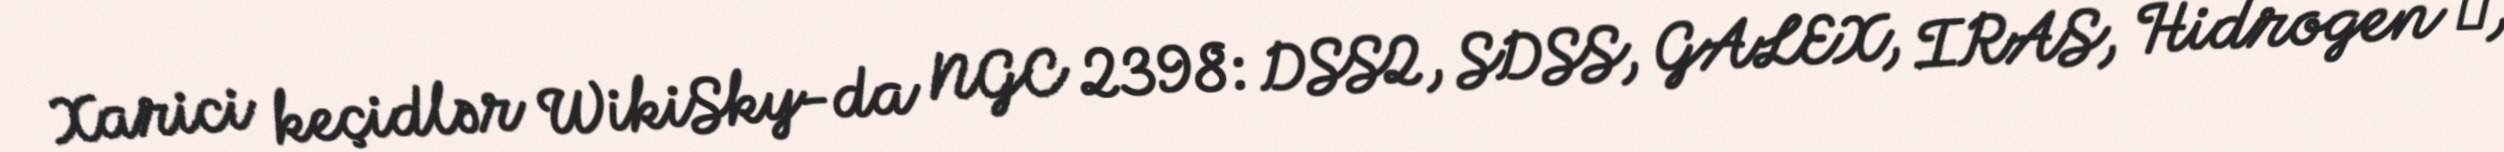
Xarici keçidlər WikiSky-da NGC 2398: DSS2, SDSS, GALEX, IRAS, Hidrogen α,